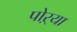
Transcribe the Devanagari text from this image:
पोऱ्या